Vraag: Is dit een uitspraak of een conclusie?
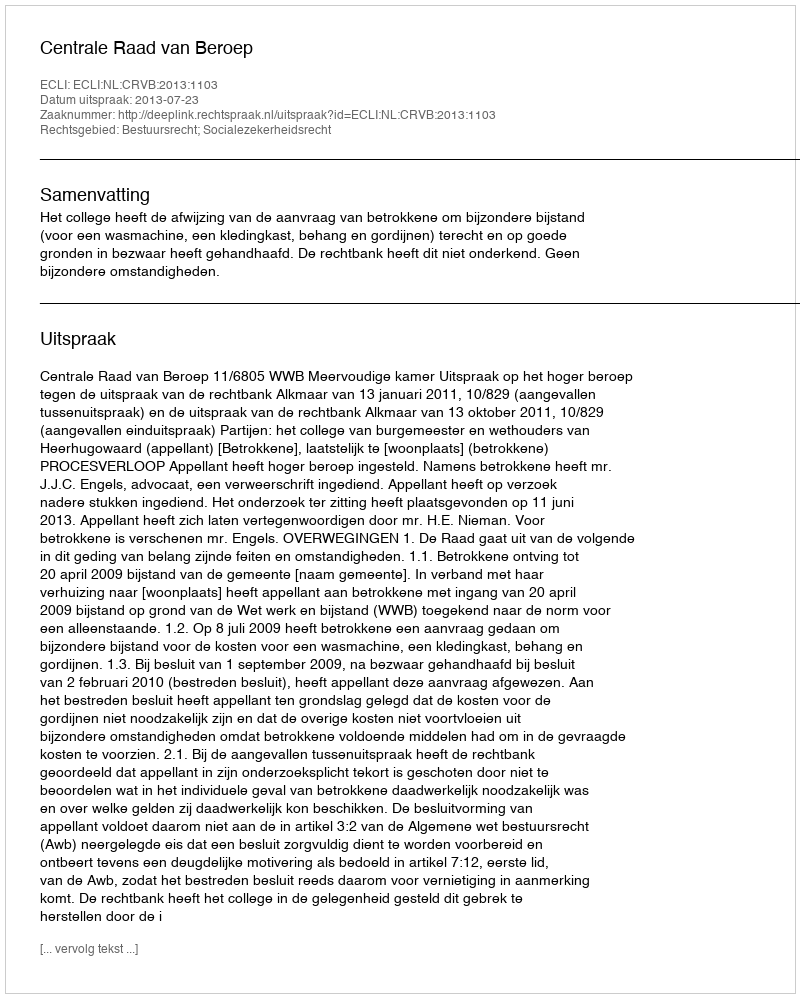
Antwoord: Uitspraak